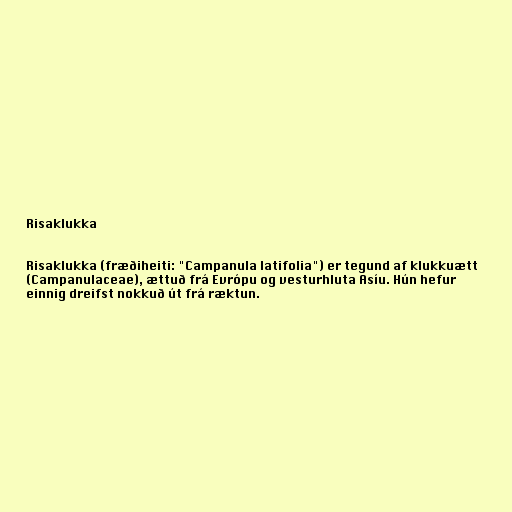
Risaklukka

Risaklukka (fræðiheiti: "Campanula latifolia") er tegund af klukkuætt
(Campanulaceae), ættuð frá Evrópu og vesturhluta Asíu. Hún hefur
einnig dreifst nokkuð út frá ræktun.